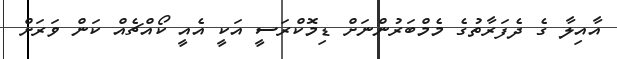
އާއިލާ ގެ ދެފަރާތުގެ މެމްބަރުންނަށް ޑިމޮކްރަސީ އަކީ އެއީ ކޯއްޗެއް ކަން ވަަރަށް